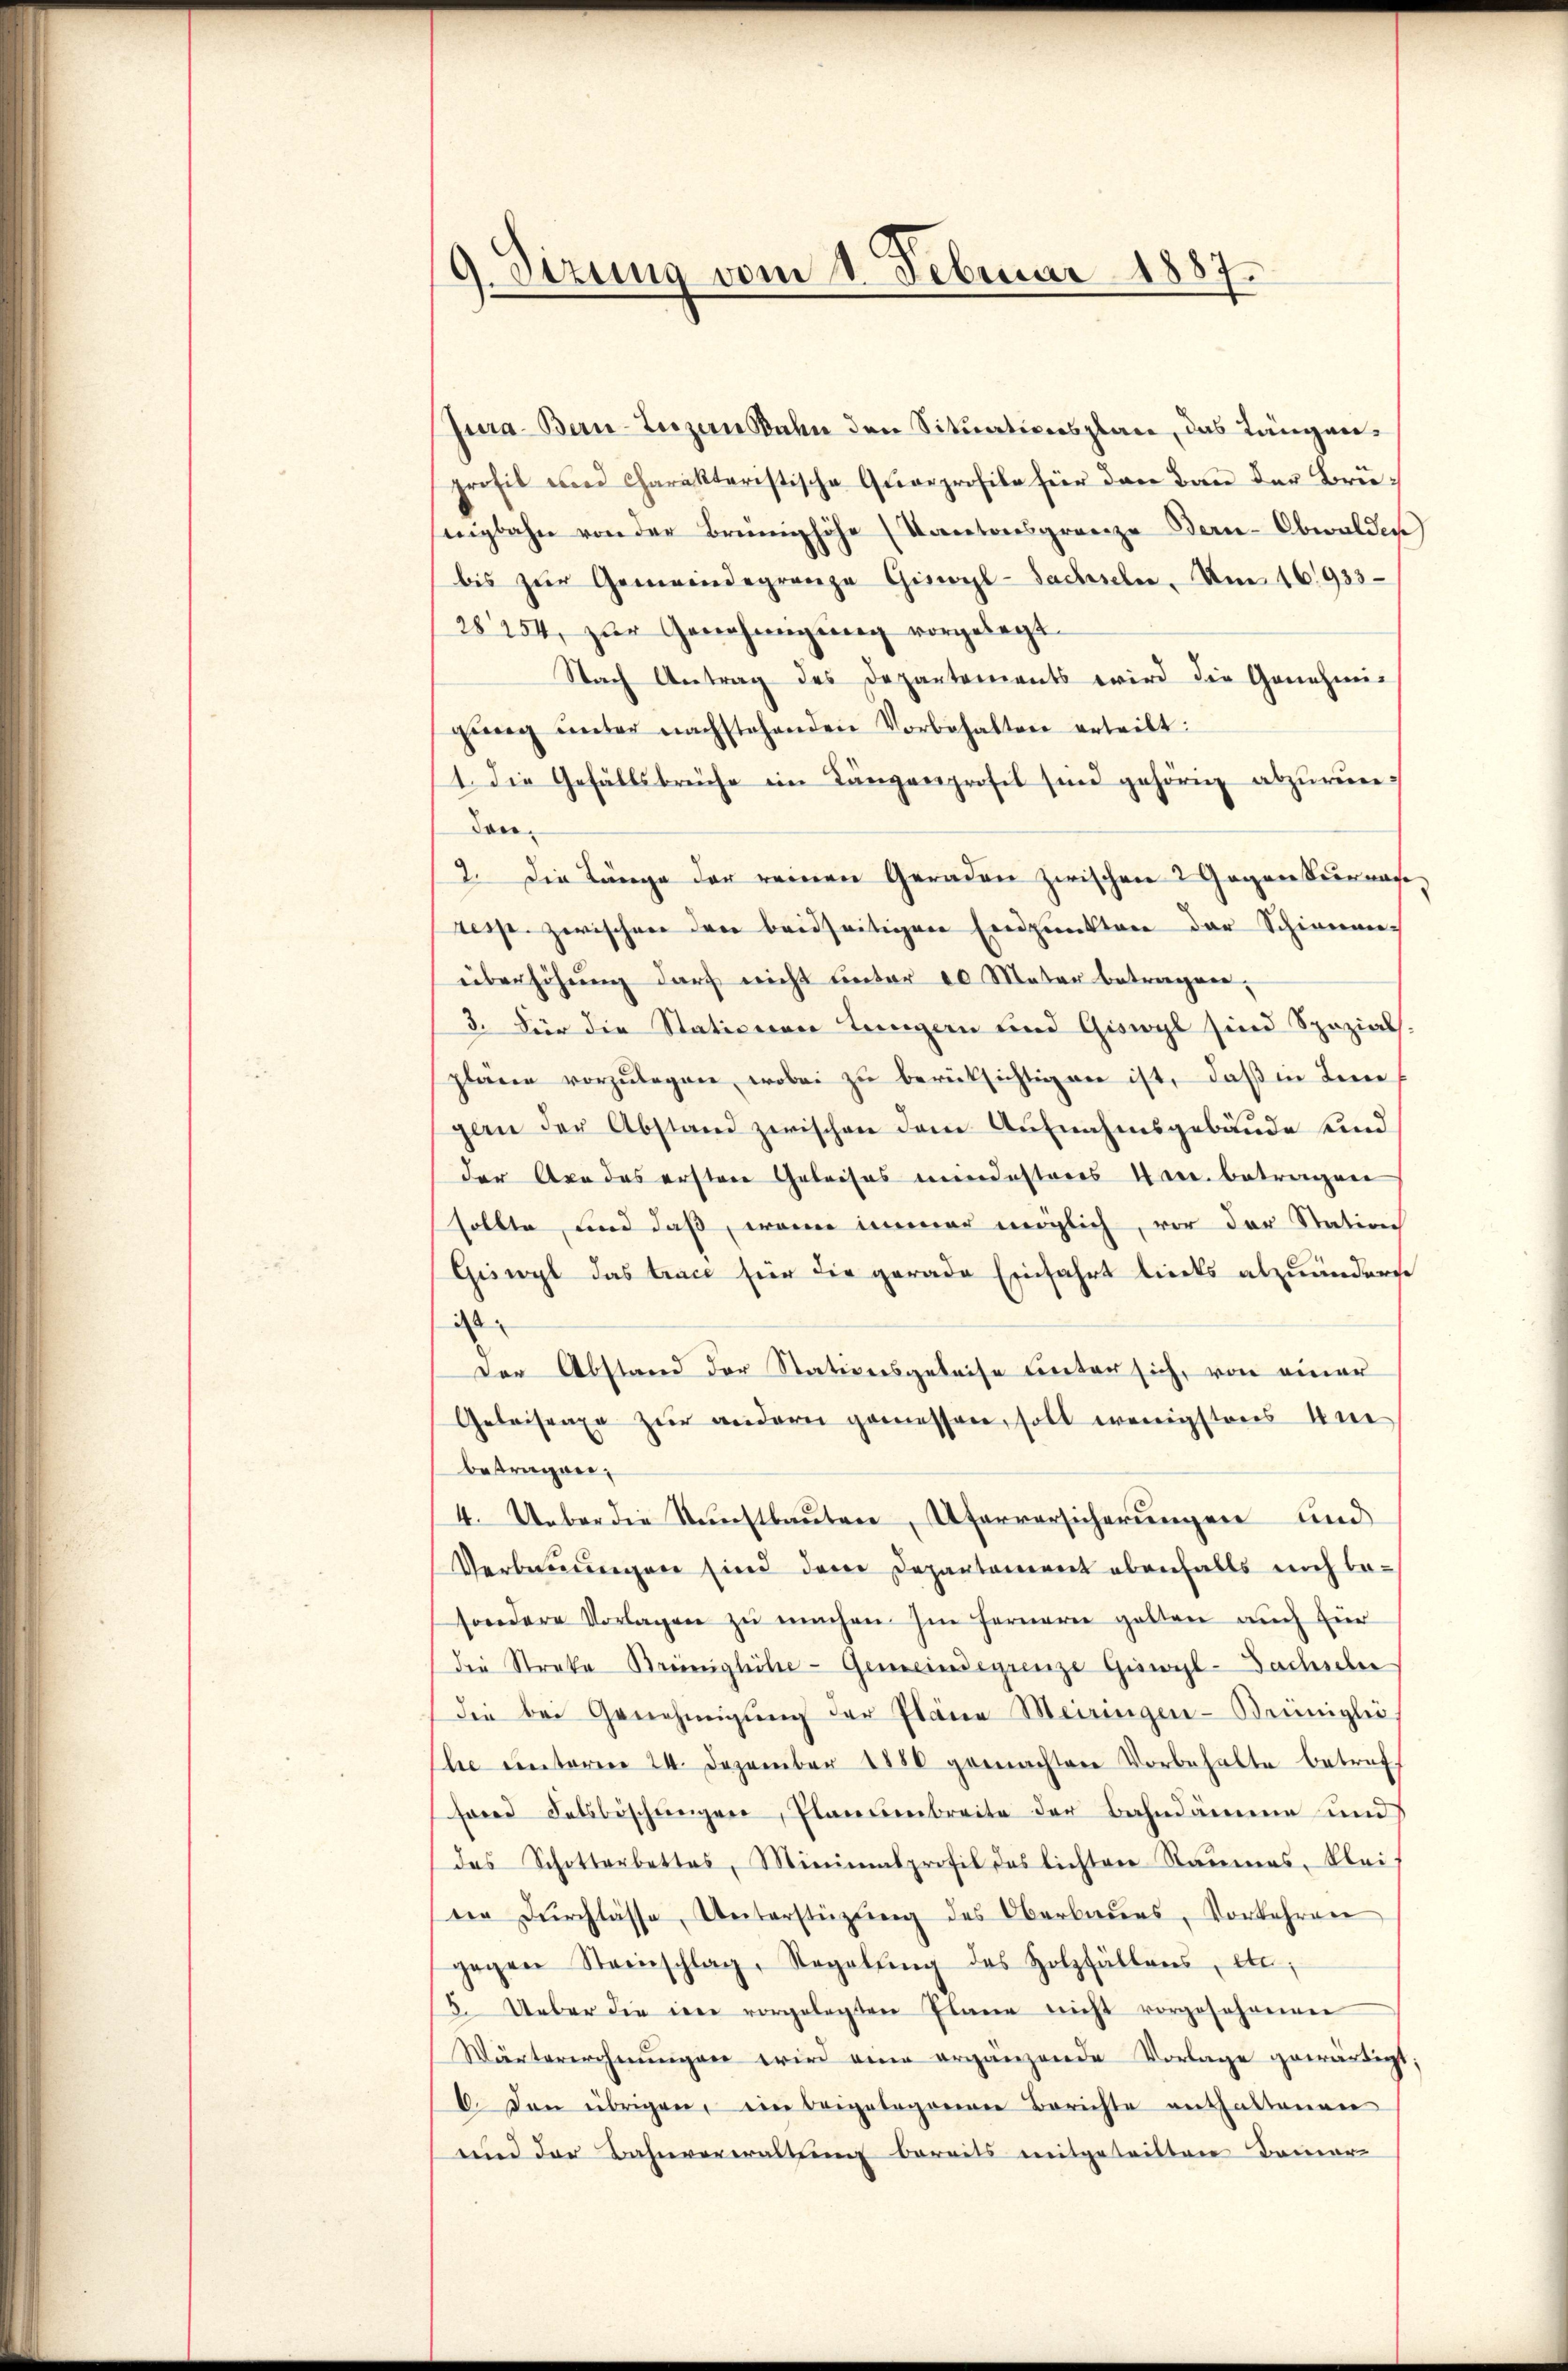
9. Dezung vom 1. Februar 1887

Jura. Bern-Luzern Bahn den Situationsplan, das Längenprofil und Charakteristische Qŭarprofile für den Bau der Brünigbahn von der Brünghöhe (Kantonsgrenze Bern-Obwalden)
bis zŭr Gemeindegrenze Ginoyl-Sachseln. Am 16.933
28254, zŭr Genehmigŭng vorgelegt.
Nach Antrag des Departements wird die Genehmig
gŭng ŭnter nachstehenden Vorbehalten erteilt:
1. Die Gefällsbrüche im Längenprofil sind gehörig abzurundon.
2. Die Länge der reinen Geraden zwischen 2 Gegen kurren
resp. zwischen den beidseitigen Endpunkten der Schienen-
überhöhung darf nicht unter 20 Mater betragen,
3. Für die Stationen Langern und Giswyl sind Spezial
pläne vorzulegen, wobei zu berüksichtigen ist, daß in Leine
gan der Abstand zwischen dem Aufnahmsgebäude sind
der Acades erstere Geleises mindesteres Hrn. betragen
sollte, und daß, wenn immer möglich, vor der Station
Geiwyl das trace für die gerade Einfahrt liedes abzuänders
i
Der Abstand der Stationsgeleise unter sich, von einer
Geleisenge zur andern gemessen, soll wenigstens Un
betragen,
4. Ueber die Kunstbauten Uferversicherungen und
Verbauungen sind dem Departement ebenfalls mich besondere Vorlagen zu machen Im Ferneren galten auch für
die Streke Breinigliche Gemeindegrenze Giswyl-Sachsehen
die bei Genehmigŭng der Pläne Meiringen- Brüniglic
le unterm 24. Dezember 1880 gemachten Vorbehalte betref
fond Felsböschungen, Plantenbreite der Bahndämme und
das Schotterbettes, Minimalprofil des lichten Raumes, klei-
der Dŭrchlasse, Unterstützŭng des Oberbaŭes, Vorkehren
gegen Steinschlag, Regelŭng des Holzfällens, etc;
5. Ueber die in vorgelegten Plane nicht vorgesehenen
Wärterrohnŭngen wird eine ergänzende Vorlage gewärtigt;
6. Den übrigen, ein beigelegenen Berichte enthaltenen
und der Bahnverwaltung bereits mitgeteilten Bemer